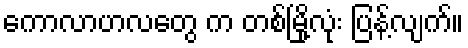
ကောလာဟလတွေ က တစ်မြို့လုံး ပြန့်လျက်။